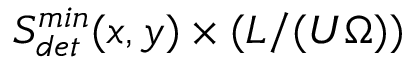
S _ { d e t } ^ { m i n } ( x , y ) \times ( L / ( U \Omega ) )